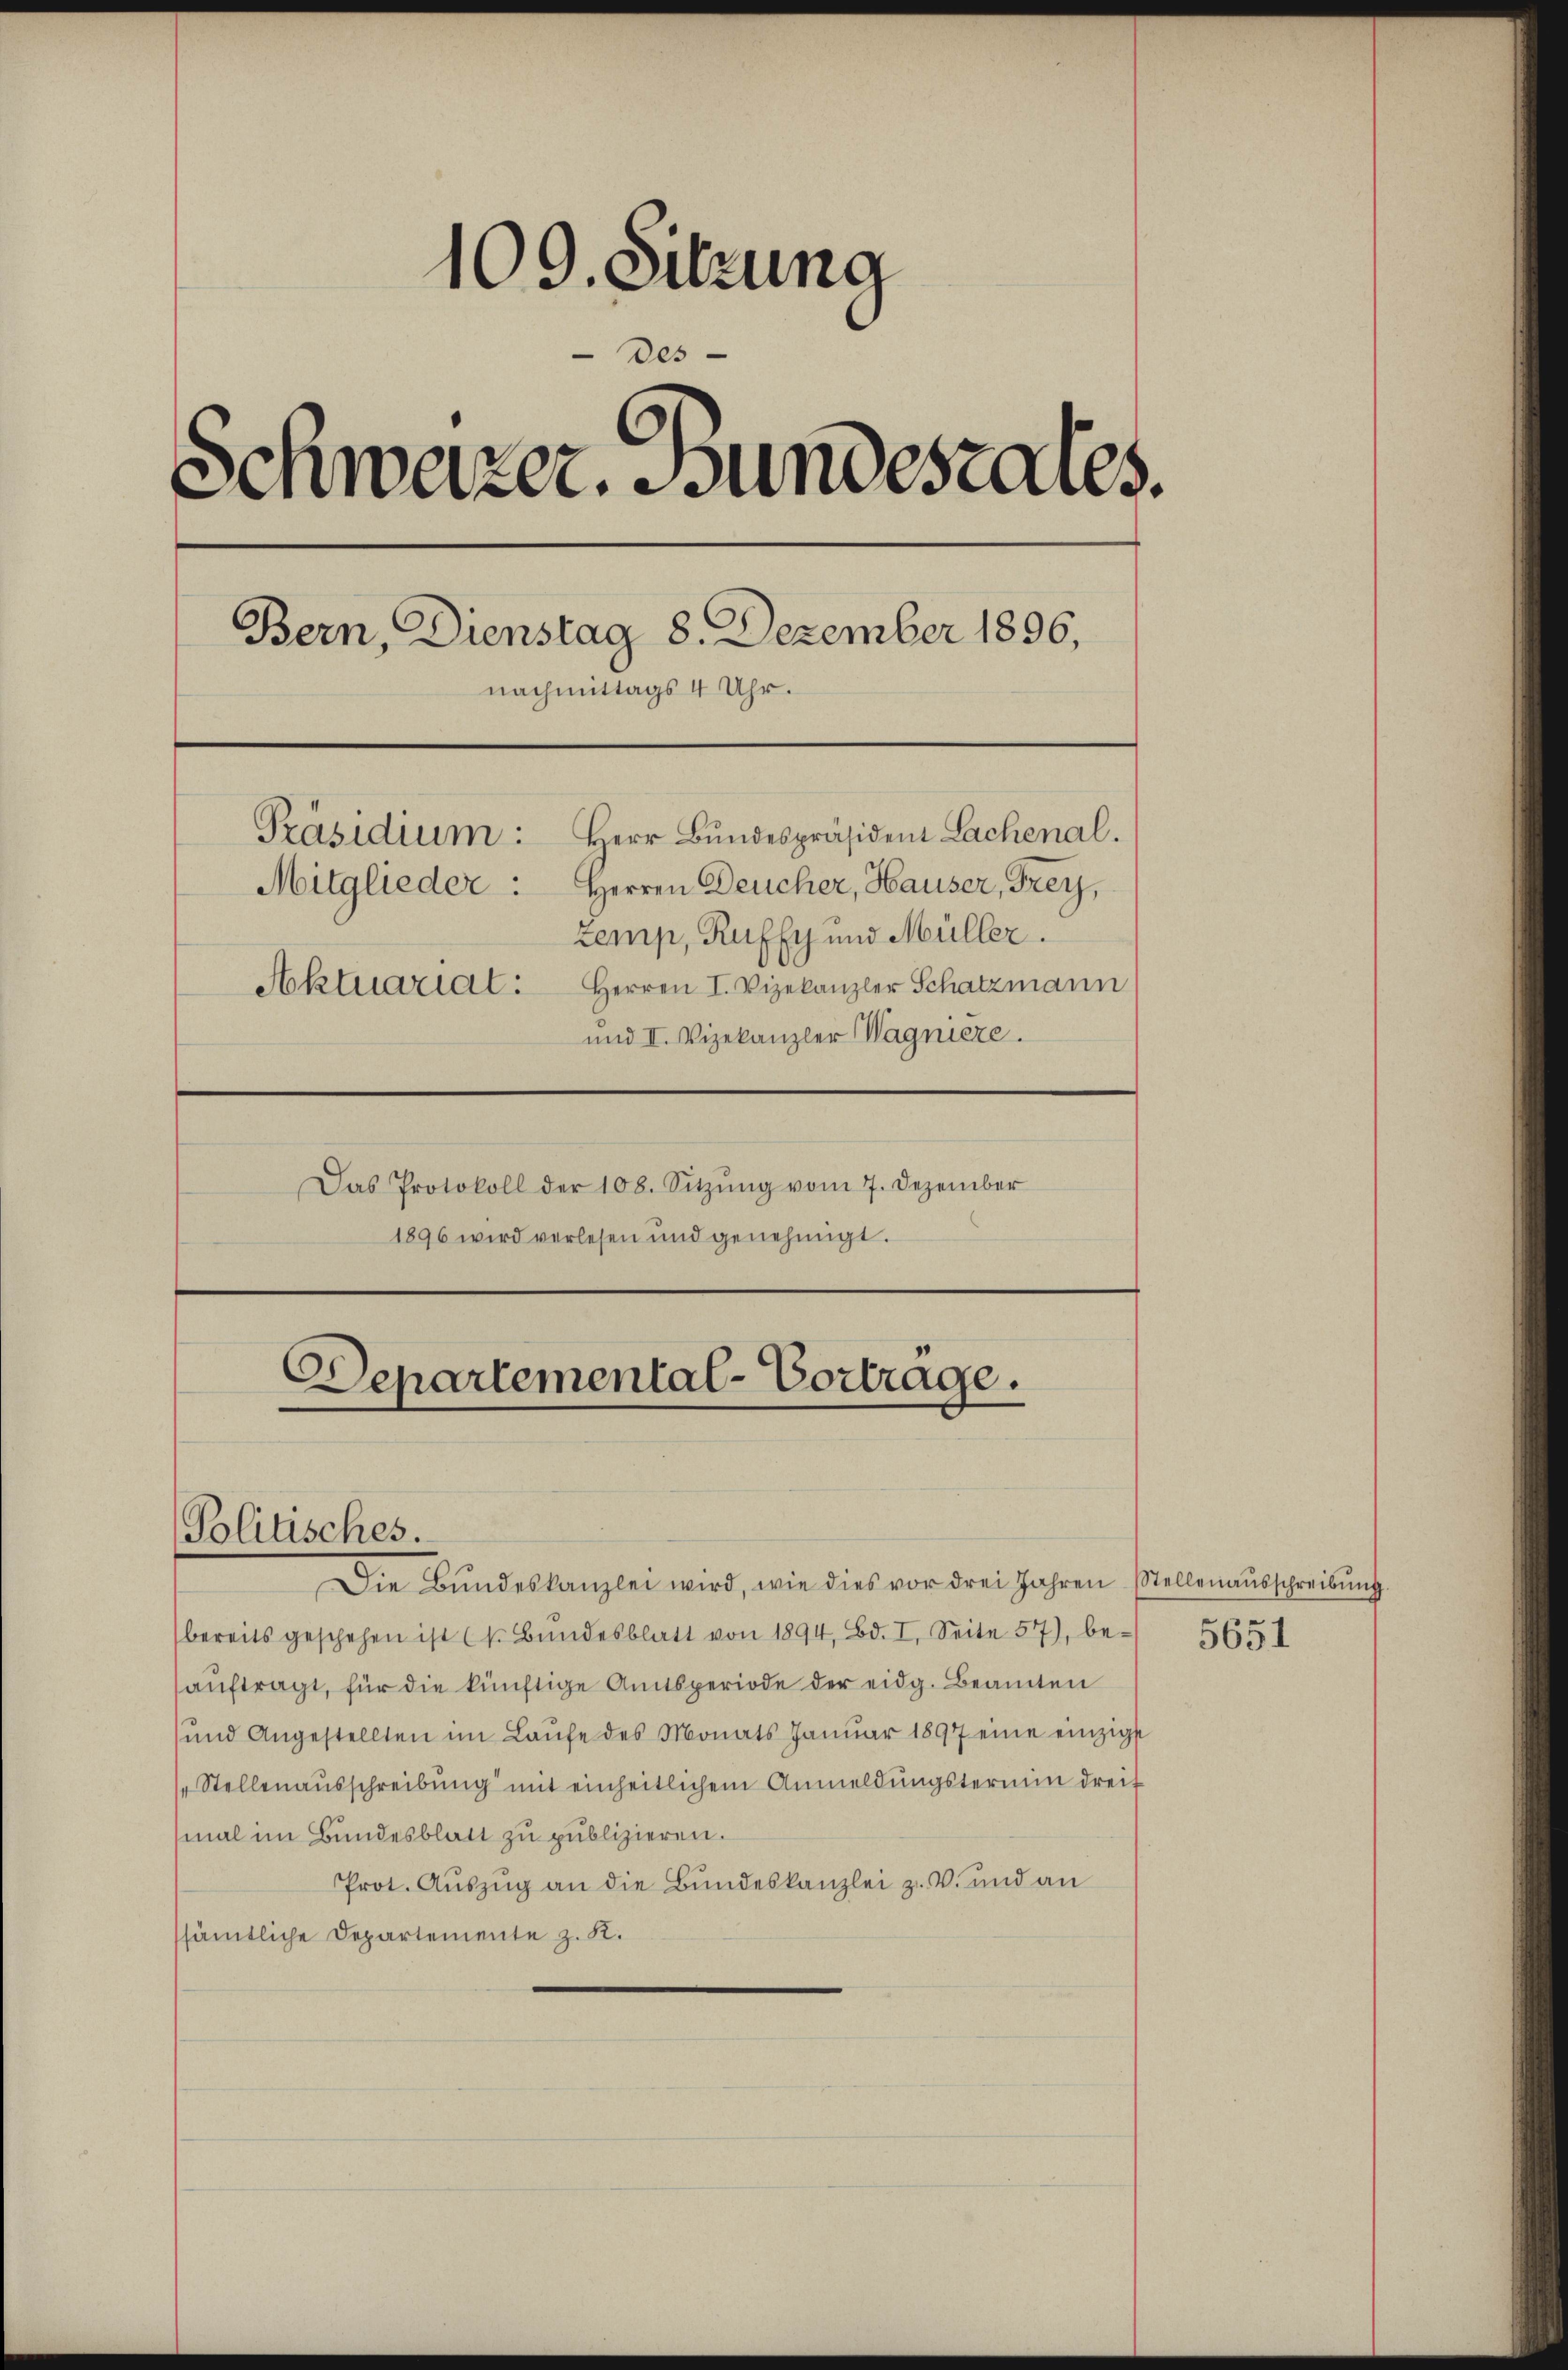
1
109. Sitzung
des
Schweizer. Fundesrates
Bern, Dienstag 8. Dezember 1896,
nachmittags 4 Uhr.
Herr Bundespräsident Lachenal.
Präsidium:
Mitglieder: Herren Deucher, Hauser, Frey,
Zemp, Ruffy und Müller.
Aktuariat: Herren I. Vizekanzler Schatzmann
und II. Vizekanzler Wagniere.
Das Protokoll der 108. Sitzŭng vom 7. Dezember
1896 wird verlesen und genehmigt.

Departemental-Vortrage.

Politisches.

Die Bŭndeskanzlei wird, wie dies vor drei Jahren Stellenaŭsschreibung.
bereits geschehen ist (s. Bŭndesblatt von 1894, Bd. I. Seite 57), be-
auftragt, für die künftige Amtsperiode der eidg. Beamten
ŭnd Angestellten im Laŭfe des Monats Janŭar 1897 eine einzigst
Stellenausschreibung mit einheitlichem Anmeldungstermin dreif
mal im Bundesblatt zu publizieren.
Prot. Auszug an die Bundeskanzlei z. V. und an
sämtliche Departemente z. K.

5651